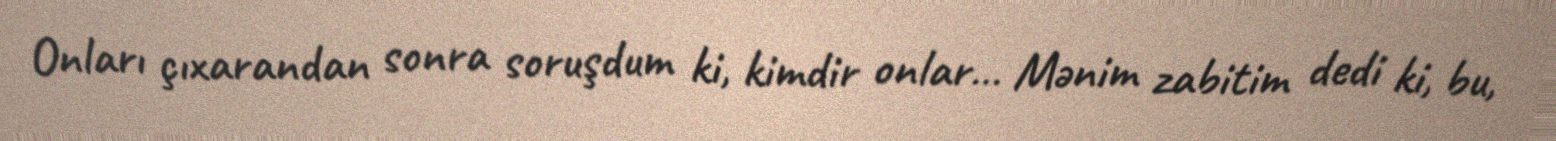
Onları çıxarandan sonra soruşdum ki, kimdir onlar… Mənim zabitim dedi ki, bu,